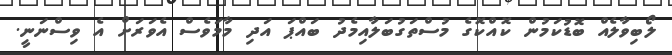
ލޯބިވާލެއް ބޮޑުކަމުން ކޮއްކޮގެ މުސްތަގުބަލާއިމެދު ބައްޕަ އަދި މާމަވެސް އެވަރަށް އެ ވިސްނަނީ.